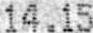
14.15